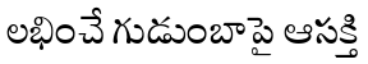
లభించే గుడుంబాపై ఆసక్తి